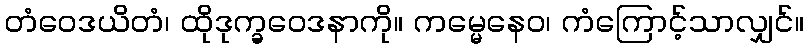
တံဝေဒယိတံ၊ ထိုဒုက္ခဝေဒနာကို။ ကမ္မေနေဝ၊ ကံကြောင့်သာလျှင်။